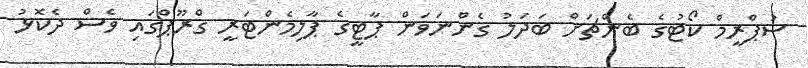
ސުޕްރީމް ކޯޓުގެ ބެންޗަށް ބަދަލު ގެންނަވަން ޕާޓީގެ ޕާލިމެންޓަރީ ގްރޫޕްގައި ވެސް ދެކޮޅު